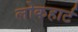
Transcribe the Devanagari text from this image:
लोकहार्ट